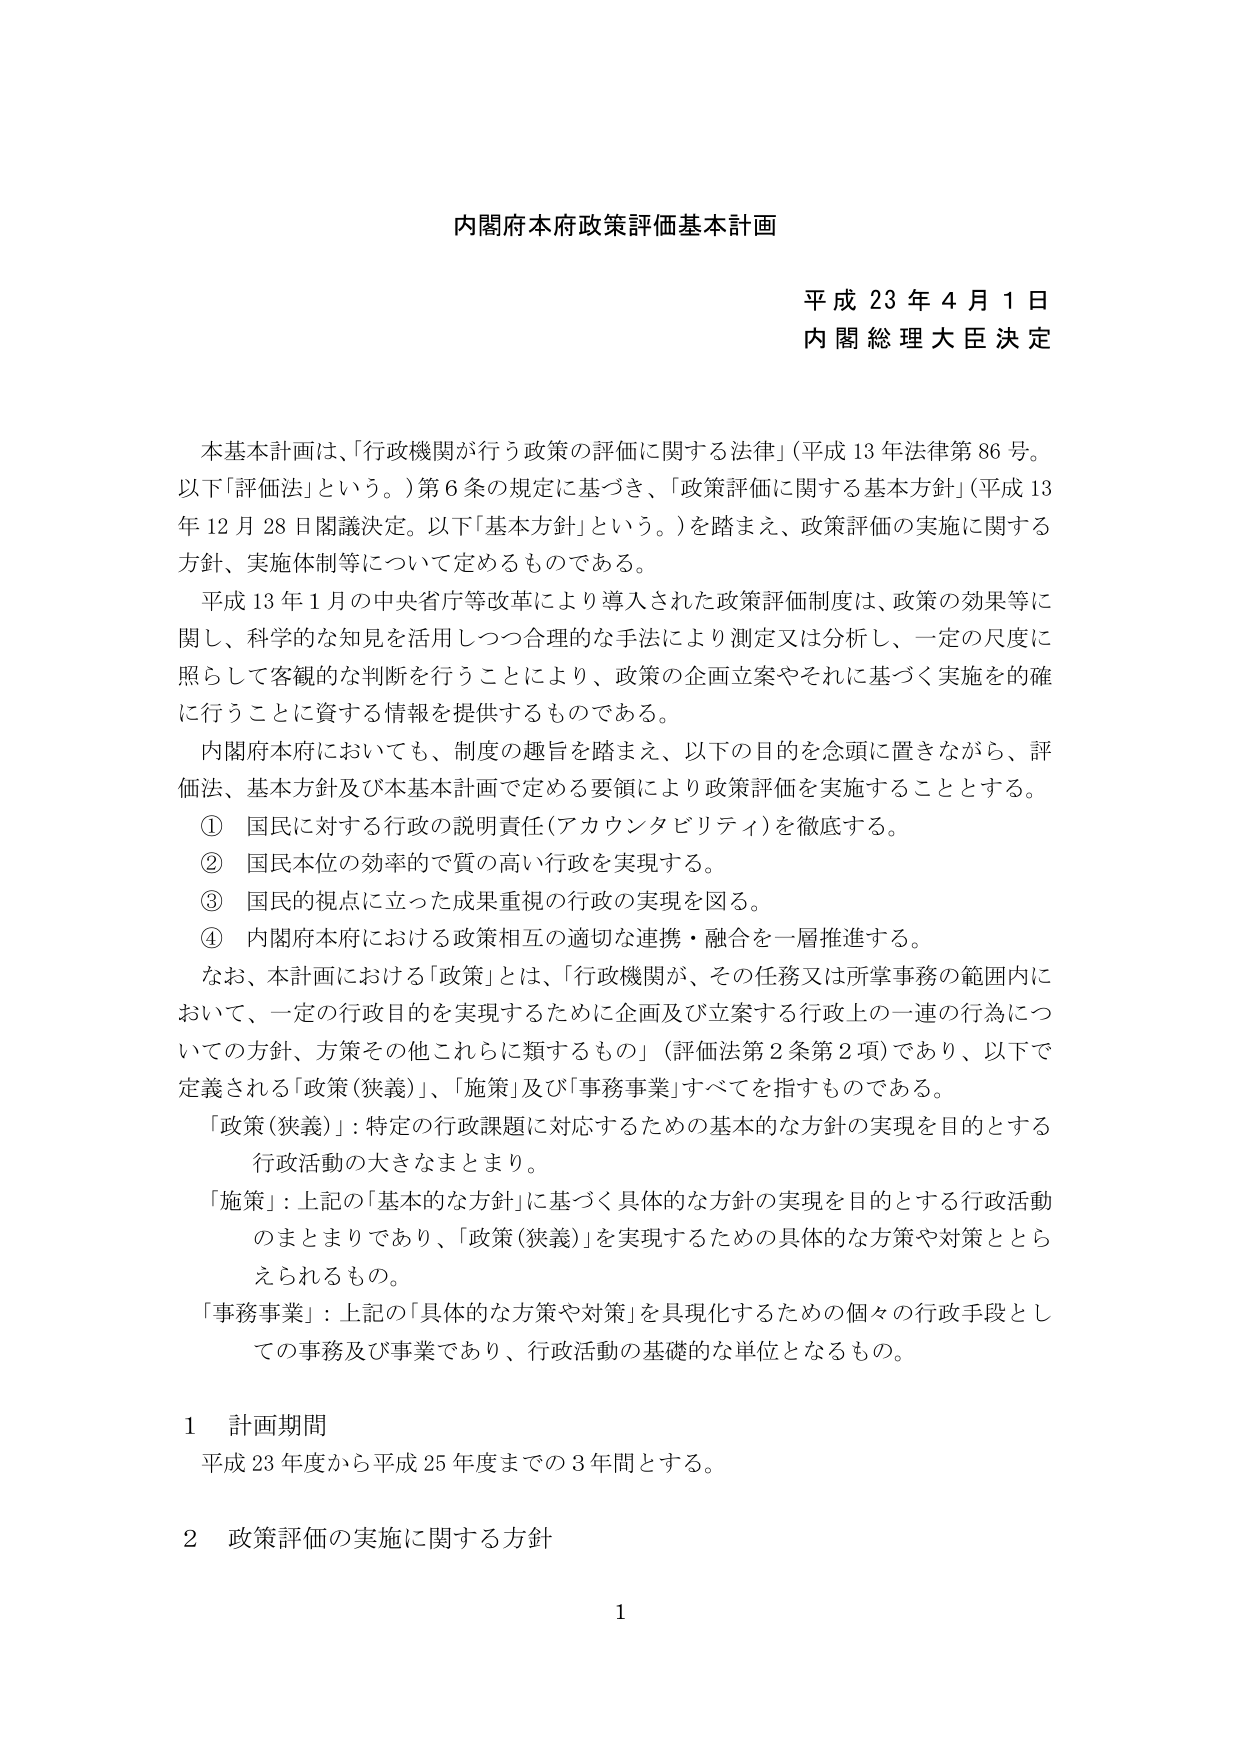
内閣府本府政策評価基本計画

平成 23 年 4 月 1 日
内閣総理大臣決定

本基本計画は、「行政機関が行う政策の評価に関する法律」（平成 13 年法律第 86 号。以下「評価法」という。）第 6 条の規定に基づき、「政策評価に関する基本方針」（平成 13 年 12 月 28 日閣議決定。以下「基本方針」という。）を踏まえ、政策評価の実施に関する方針、実施体制等について定めるものである。

平成 13 年 1 月の中央省庁等改革により導入された政策評価制度は、政策の効果等に関し、科学的な知見を活用しつつ合理的な手法により測定又は分析し、一定の尺度に照らして客観的な判断を行うことにより、政策の企画立案やそれに基づく実施を的確に行うことに資する情報を提供するものである。

内閣府本府においても、制度の趣旨を踏まえ、以下の目的を念頭に置きながら、評価法、基本方針及び本基本計画で定める要領により政策評価を実施することとする。

① 国民に対する行政の説明責任（アカウンタビリティ）を徹底する。
② 国民本位の効率的で質の高い行政を実現する。
③ 国民的視点に立った成果重視の行政の実現を図る。
④ 内閣府本府における政策相互の適切な連携・融合を一層推進する。

なお、本計画における「政策」とは、「行政機関が、その任務又は所掌事務の範囲内において、一定の行政目的を実現するために企画及び立案する行政上の一連の行為についての方針、方策その他これらに類するもの」（評価法第 2 条第 2 項）であり、以下で定義される「政策（狭義）」、「施策」及び「事務事業」すべてを指すものである。

「政策（狭義）」：特定の行政課題に対応するための基本的な方針の実現を目的とする行政活動の大きなまとまり。

「施策」：上記の「基本的な方針」に基づく具体的な方針の実現を目的とする行政活動のまとまりであり、「政策（狭義）」を実現するための具体的な方策や対策ととらえられるもの。

「事務事業」：上記の「具体的な方策や対策」を具現化するための個々の行政手段としての事務及び事業であり、行政活動の基礎的な単位となるもの。

1 計画期間
平成 23 年度から平成 25 年度までの 3 年間とする。

2 政策評価の実施に関する方針

1